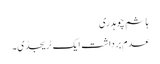
ہاشم چوہدری
عدم برداشت ایک ٹریجڈی۔